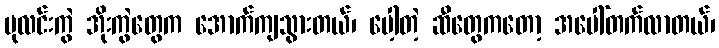
ပုလင်းကွဲ အိုးကွဲတွေက အောက်ကျသွားတယ်၊ ပေါ့တဲ့ ဆီတွေကတော့ အပေါ်တက်လာတယ်၊